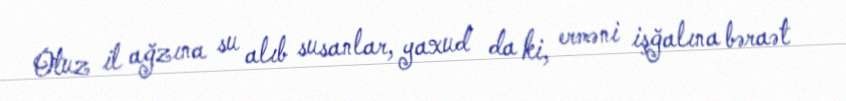
Otuz il ağzına su alıb susanlar, yaxud da ki, erməni işğalına bəraət